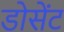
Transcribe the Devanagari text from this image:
डोसेंट